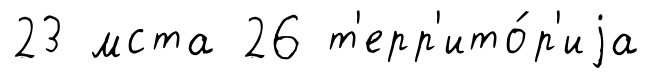
23 мста 26 т'ерр'ито́р'иjа